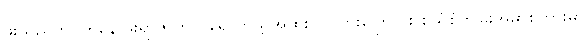
ဖိုးသုညဘဝကနေ ဖိုးရာဇာဘဝ ရောက်ဖို့ အထူး လိုလားကြောင်း စွယ်စုံကျမ်းအမှာစကားမှာ